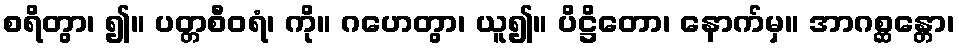
စရိတွာ၊ ၍။ ပတ္တစီဝရံ၊ ကို။ ဂဟေတွာ၊ ယူ၍။ ပိဋ္ဌိတော၊ နောက်မှ။ အာဂစ္ဆန္တော၊